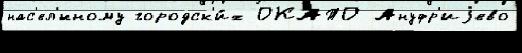
нас'ел'́нному городск'и́х ОКАТО Ануфр'иjево